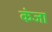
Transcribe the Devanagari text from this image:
कंजा